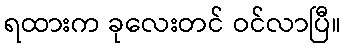
ရထားက ခုလေးတင် ဝင်လာပြီ။